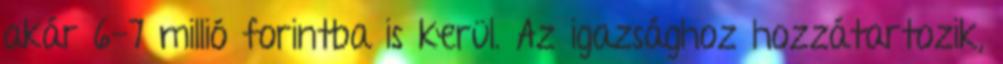
akár 6-7 millió forintba is kerül. Az igazsághoz hozzátartozik,